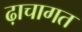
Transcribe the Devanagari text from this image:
ढ़ाचागत